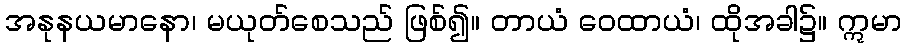
အနုနယမာနော၊ မယုတ်စေသည် ဖြစ်၍။ တာယံ ဝေထာယံ၊ ထိုအခါ၌။ ဣမာ